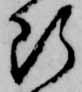
断